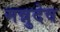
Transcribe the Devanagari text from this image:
मन्नुदेव